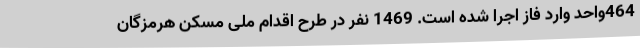
464واحد وارد فاز اجرا شده است. 1469 نفر در طرح اقدام ملی مسکن هرمزگان